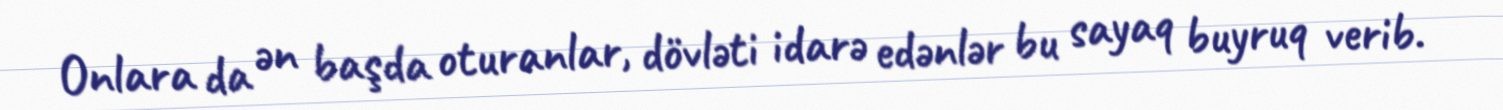
Onlara da ən başda oturanlar, dövləti idarə edənlər bu sayaq buyruq verib.